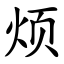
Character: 烦